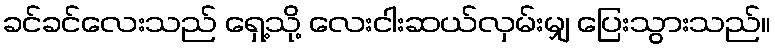
ခင်ခင်လေးသည် ရှေ့သို့ လေးငါးဆယ်လှမ်းမျှ ပြေးသွားသည်။